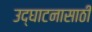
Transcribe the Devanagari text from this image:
उद्घाटनासाठी